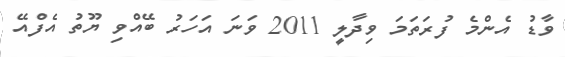
ވާޑު އެންމެ ފުރަތަމަ ވިދާލީ 2011 ވަނަ އަހަރު ބޭއްވި ޔޫތު އެފްއޭ